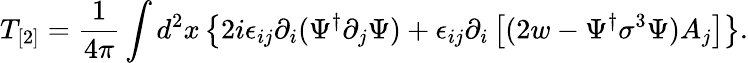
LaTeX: T_{[2]}=\frac{1}{4\pi}\int d^{2}x\left\{ 2i\epsilon_{ij}\partial_{i}(\Psi^{\dagger}\partial_{j}\Psi)+\epsilon_{ij}\partial_{i}\left[(2w-\Psi^{\dagger}\sigma^{3}\Psi)A_{j}\right]\right\} .